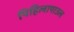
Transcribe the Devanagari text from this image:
पिहिलापाउल